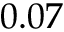
0 . 0 7